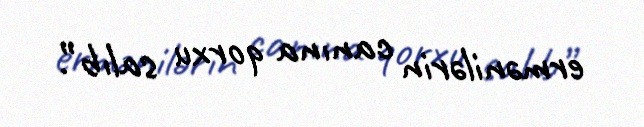
ermənilərin canına qorxu salıb”.